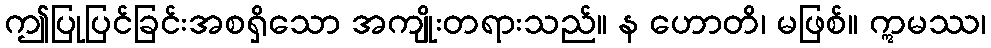
ဤပြုပြင်ခြင်းအစရှိသော အကျိုးတရားသည်။ န ဟောတိ၊ မဖြစ်။ ဣမဿ၊